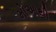
મોઆથી